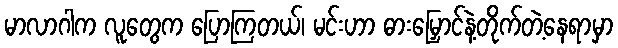
မာလာဂါက လူတွေက ပြောကြတယ်၊ မင်းဟာ ဓားမြှောင်နဲ့တိုက်တဲ့နေရာမှာ